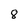
Character: 8